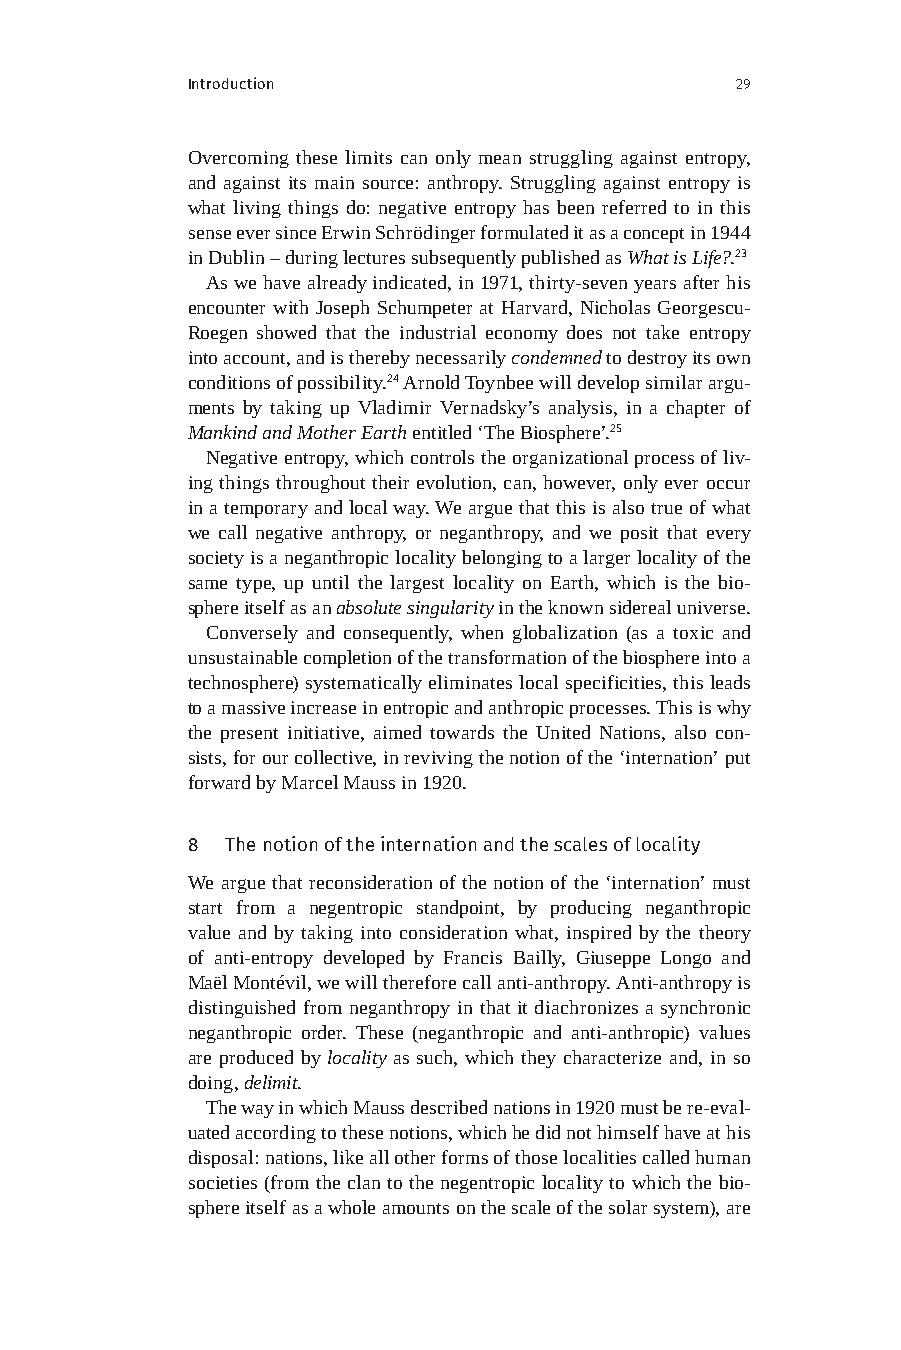
Introduction                         29
 Overcoming these limits can only mean struggling against entropy,
 and against its main source: anthropy. Struggling against entropy is
 what living things do: negative entropy has been referred to in this
 sense ever since Erwin Schrödinger formulated it as a concept in 1944
 in Dublin – during lectures subsequently published as What is Life?.23
 As we have already indicated, in 1971, thirty-seven years after his
 encounter with Joseph Schumpeter at Harvard, Nicholas Georgescu-
 Roegen showed that the industrial economy does not take entropy
 into account, and is thereby necessarily condemned to destroy its own
 conditions of possibility.24 Arnold Toynbee will develop similar argu-
 ments by taking up Vladimir Vernadsky’s analysis, in a chapter of
 Mankind and Mother Earth entitled ‘The Biosphere’.25
 Negative entropy, which controls the organizational process of liv-
 ing things throughout their evolution, can, however, only ever occur
 in a temporary and local way. We argue that this is also true of what
 we call negative anthropy, or neganthropy, and we posit that every
 society is a neganthropic locality belonging to a larger locality of the
 same type, up until the largest locality on Earth, which is the bio-
 sphere itself as an absolute singularity in the known sidereal universe.
 Conversely and consequently, when globalization (as a toxic and
 unsustainable completion of the transformation of the biosphere into a
 technosphere) systematically eliminates local specificities, this leads
 to a massive increase in entropic and anthropic processes. This is why
 the present initiative, aimed towards the United Nations, also con-
 sists, for our collective, in reviving the notion of the ‘internation’ put
 forward by Marcel Mauss in 1920.
 8  The notion of the internation and the scales of locality
 We argue that reconsideration of the notion of the ‘internation’ must
 start from a negentropic standpoint, by producing neganthropic
 value and by taking into consideration what, inspired by the theory
 of anti-entropy developed by Francis Bailly, Giuseppe Longo and
 Maël Montévil, we will therefore call anti-anthropy. Anti-anthropy is
 distinguished from neganthropy in that it diachronizes a synchronic
 neganthropic order. These (neganthropic and anti-anthropic) values
 are produced by locality as such, which they characterize and, in so
 doing, delimit.
 The way in which Mauss described nations in 1920 must be re-eval-
 uated according to these notions, which he did not himself have at his
 disposal: nations, like all other forms of those localities called human
 societies (from the clan to the negentropic locality to which the bio-
 sphere itself as a whole amounts on the scale of the solar system), are